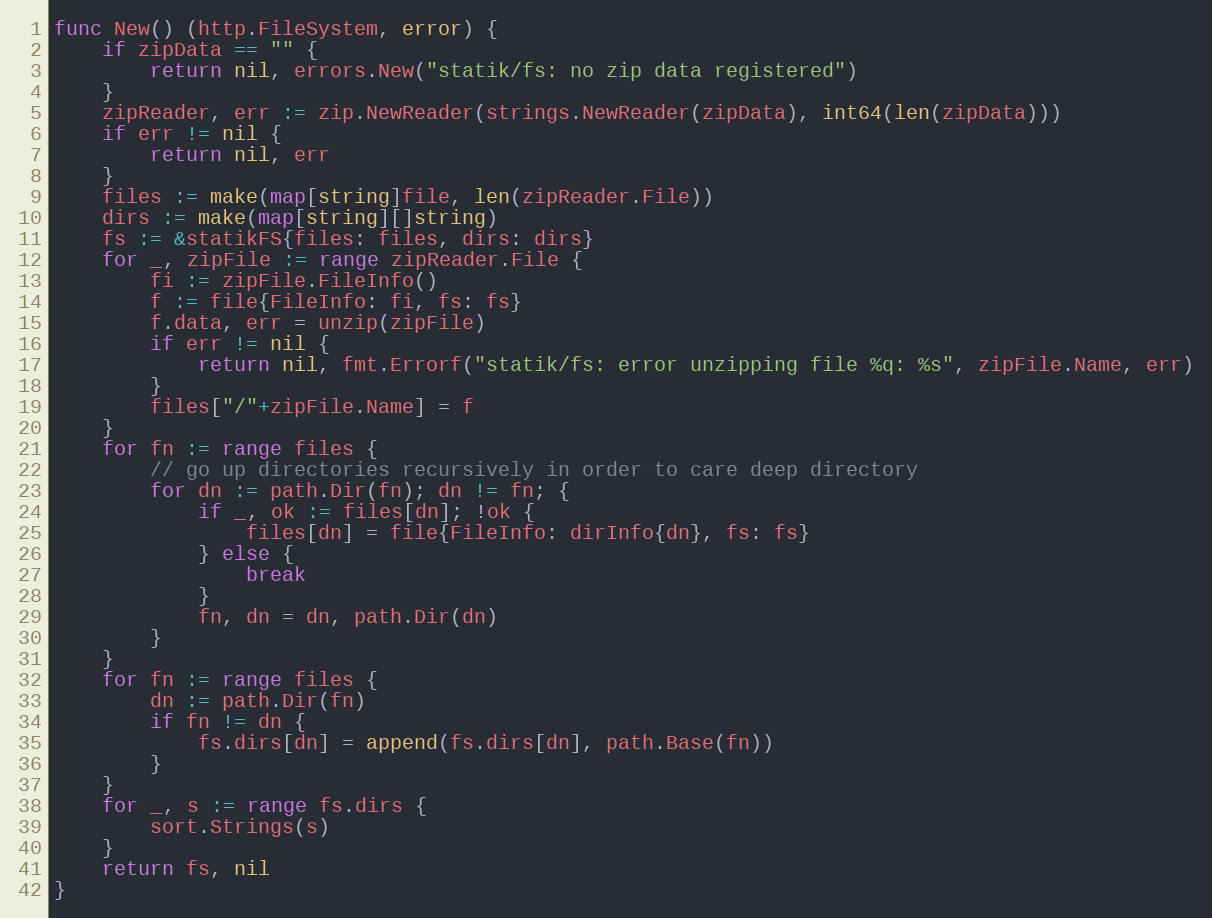
Language: Go
func New() (http.FileSystem, error) {
	if zipData == "" {
		return nil, errors.New("statik/fs: no zip data registered")
	}
	zipReader, err := zip.NewReader(strings.NewReader(zipData), int64(len(zipData)))
	if err != nil {
		return nil, err
	}
	files := make(map[string]file, len(zipReader.File))
	dirs := make(map[string][]string)
	fs := &statikFS{files: files, dirs: dirs}
	for _, zipFile := range zipReader.File {
		fi := zipFile.FileInfo()
		f := file{FileInfo: fi, fs: fs}
		f.data, err = unzip(zipFile)
		if err != nil {
			return nil, fmt.Errorf("statik/fs: error unzipping file %q: %s", zipFile.Name, err)
		}
		files["/"+zipFile.Name] = f
	}
	for fn := range files {
		// go up directories recursively in order to care deep directory
		for dn := path.Dir(fn); dn != fn; {
			if _, ok := files[dn]; !ok {
				files[dn] = file{FileInfo: dirInfo{dn}, fs: fs}
			} else {
				break
			}
			fn, dn = dn, path.Dir(dn)
		}
	}
	for fn := range files {
		dn := path.Dir(fn)
		if fn != dn {
			fs.dirs[dn] = append(fs.dirs[dn], path.Base(fn))
		}
	}
	for _, s := range fs.dirs {
		sort.Strings(s)
	}
	return fs, nil
}